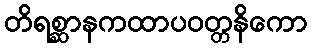
တိရစ္ဆာနကထာပဝတ္တနိကော